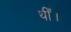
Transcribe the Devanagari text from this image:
थीँ।